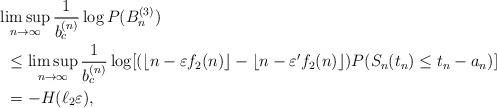
LaTeX: \begin{align*}&\limsup_{n\to\infty}\frac{1}{b_c^{(n)}}\log P(B_n^{(3)})\\&\,\,\,\leq\limsup_{n\to\infty}\frac{1}{b_c^{(n)}}\log[(\lfloor n-\varepsilon f_2(n)\rfloor-\lfloor n-\varepsilon' f_2(n)\rfloor)P(S_n(t_n)\leq t_n-a_n)]\\&\,\,\,=-H(\ell_2\varepsilon),\end{align*}